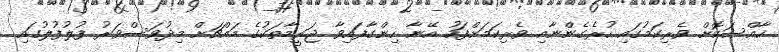
ޚާއްސަކޮށް ވެރިކަމުގައި ހުރެގެންނާއި ވެރިކަމަށްފަހު އޭނާ ހިންގާފައިވާ ޖަރީމާތަކުގެ މައްޗަށް މިދުވަސްވަރު ފުލުފުލުގައި